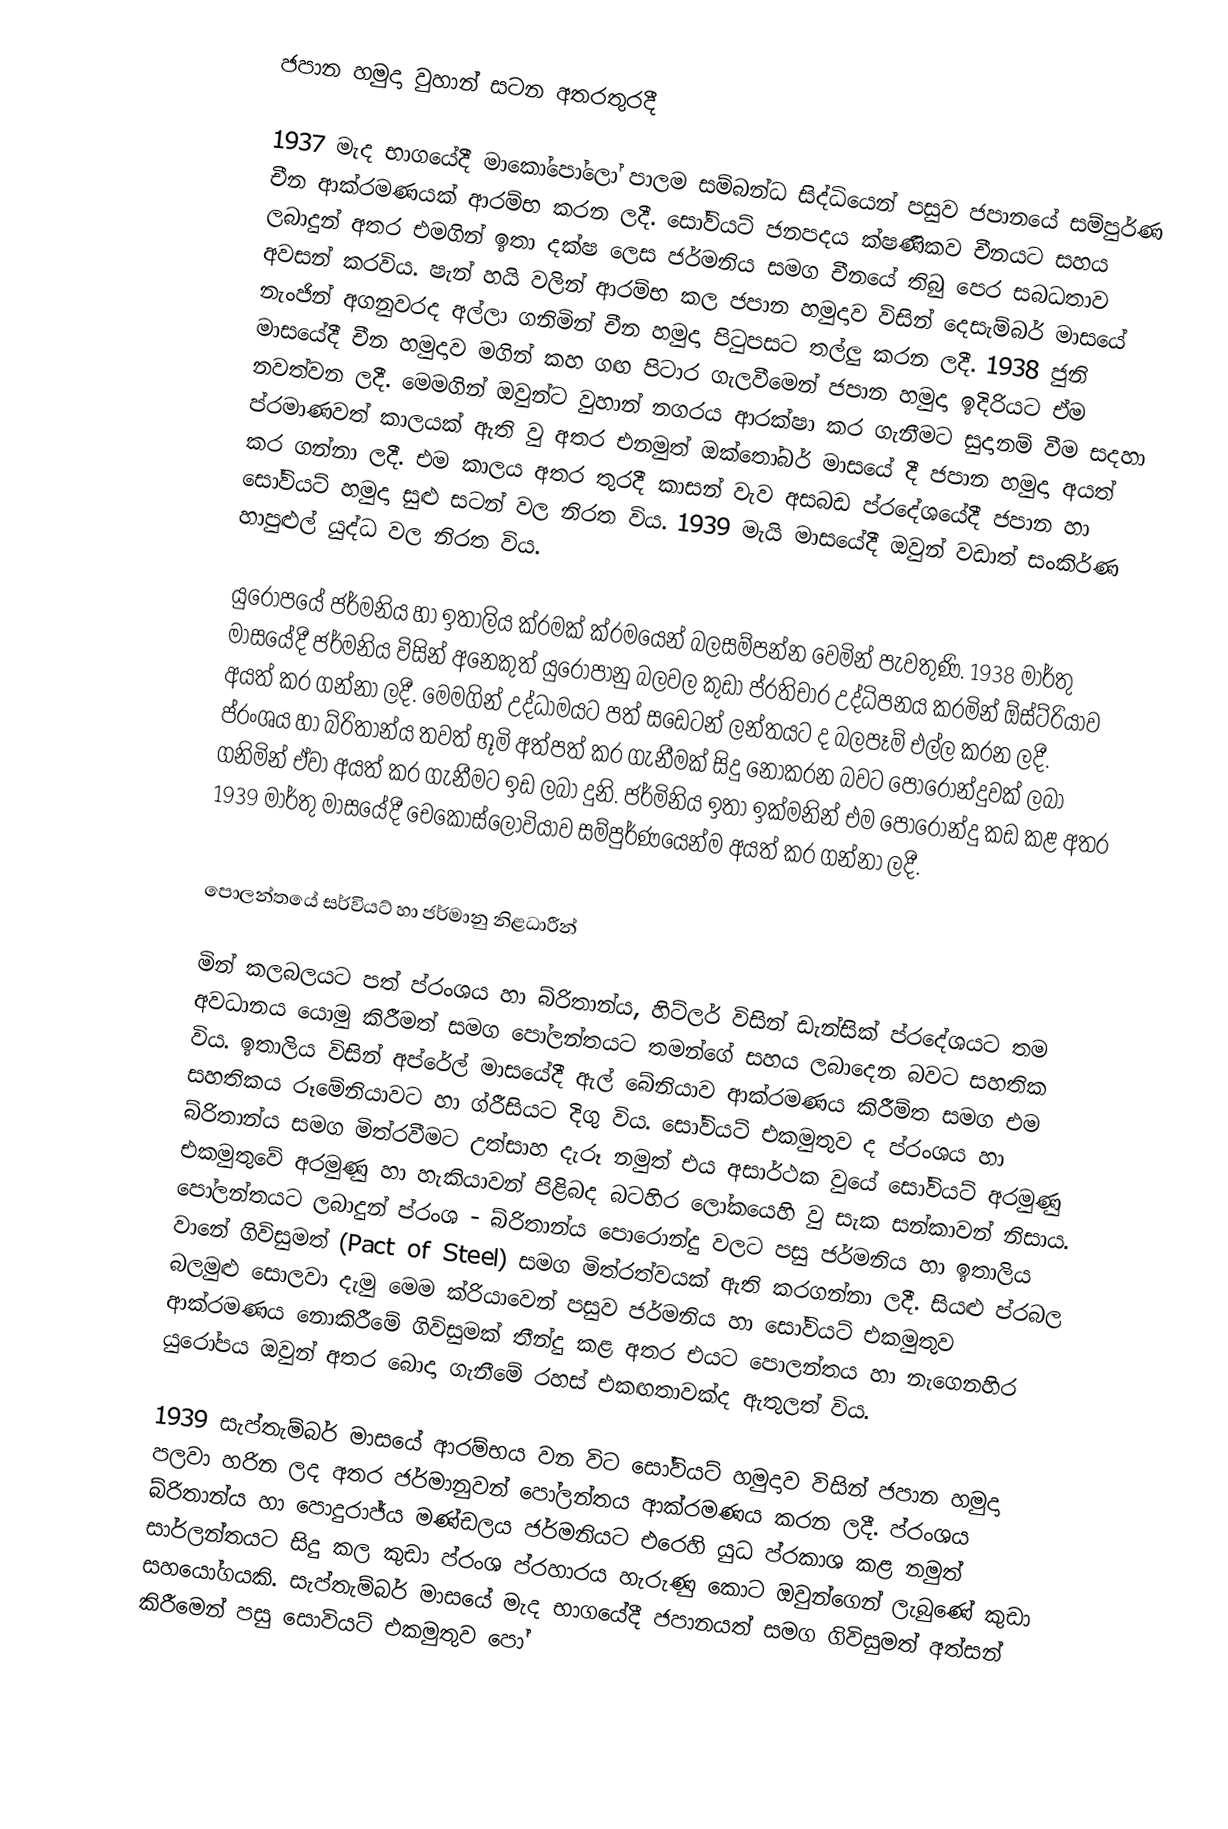
ජපාන හමුදා වුහාන් සටන අතරතුරදී

1937 මැද භාගයේදී මාකෝපෝලෝ පාලම සම්බන්ධ සිද්ධියෙන් පසුව ජපානයේ සම්පුර්ණ චීන ආක්රමණයක් ආරම්භ කරන ලදී. සෝවියට් ජනපදය ක්ෂණිකව චීනයට සහය ලබාදුන් අතර එමගින් ඉතා දක්ෂ ලෙස ජර්මනිය සමග චීනයේ තිබු පෙර සබධතාව අවසන් කරවිය.  ෂැන් හයි වලින් ආරම්භ කල ජපාන හමුදාව විසින් දෙසැම්බර් මාසයේ නැංජින් අගනුවරද අල්ලා ගනිමින් චීන හමුදා පිටුපසට තල්ලු කරන ලදී. 1938 ජුනි මාසයේදී චීන හමුදාව මගින් කහ ගඟ පිටාර ගැලවීමෙන් ජපාන හමුදා ඉදිරියට ඒම නවත්වන ලදී. මෙමගින් ඔවුන්ට වුහාන් නගරය ආරක්ෂා කර ගැනීමට සුදානම් වීම සදහා ප්රමාණවත් කාලයක් ඇති වු අතර එනමුත් ඔක්තෝබර් මාසයේ දී ජපාන හමුදා අයත් කර ගන්නා ලදී. එම කාලය අතර තුරදී කාසන් වැව අසබඩ ප්රදේශයේදී ජපාන හා සෝවියට් හමුදා සුළු සටන් වල නිරත විය. 1939 මැයි මාසයේදී ඔවුන් වඩාත් සංකිර්ණ හාපුළුල් යුද්ධ වල නිරත විය.

යුරෝපයේ ජර්මනිය හා ඉතාලිය ක්රමක් ක්රමයෙන් බලසම්පන්න වෙමින් පැවතුණි. 1938 මාර්තු මාසයේදී ජර්මනිය විසින් අනෙකුත් යුරෝපානු බලවල කුඩා ප්රතිචාර උද්ධිපනය කරමින් ඕස්ට්රියාව අයත් කර ගන්නා ලදී. මෙමගින් උද්ධාමයට පත් සඩෙටන් ලන්තයට ද බලපෑම් එල්ල කරන ලදී. ප්රංශය හා බ්රිතාන්ය තවත් භූමි අත්පත් කර ගැනීමක් සිදු නොකරන බවට පොරොන්දුවක් ලබා ගනිමින් ඒවා අයත් කර ගැනීමට ඉඩ ලබා දුනි. ජර්මිනිය ඉතා ඉක්මනින් එම පොරොන්දු කඩ කළ අතර 1939 මාර්තු මාසයේදී චෙකොස්ලෝවියාව සම්පුර්ණයෙන්ම අයත් කර ගන්නා ලදී.

පොලන්තයේ සර්වියට් හා ජර්මානු නිළධාරීන්

මින් කලබලයට පත් ප්රංශය හා බ්රිතාන්ය,  හිට්ලර් විසින් ඩැන්සික් ප්රදේශයට තම අවධානය යොමු කිරීමත් සමග   පෝලන්තයට තමන්ගේ සහය ලබාදෙන බවට සහතික විය. ඉතාලිය විසින් අප්රේල් මාසයේදී ඇල් බේනියාව ආක්රමණය කිරීම්ත සමග එම සහතිකය රූමේනියාවට හා ග්රීසියට දිගු විය. සෝවියට් එකමුතුව ද ප්රංශය හා බ්රිතාන්ය සමග මිත්රවීමට උත්සාහ දැරූ නමුත් එය අසාර්ථක වුයේ සෝවියට් අරමුණු එකමුතුවේ අරමුණු හා හැකියාවන් පිළිබද බටහිර ලෝකයෙහි වු සැක සන්කාවන් නිසාය. පෝලන්තයට ලබාදුන් ප්රංශ - බ්රිතාන්ය පොරොන්දු වලට පසු ජර්මනිය හා ඉතාලිය වානේ ගිවිසුමත් (Pact of Steel)  සමග මිත්රත්වයක් ඇති කරගන්නා ලදී. සියළු ප්රබල බලමුළු සොලවා දැමු මෙම ක්රියාවෙන් පසුව ජර්මනිය හා සෝවියට් එකමුතුව ආක්රමණය නොකිරීමේ ගිවිසුමක් තීන්දු කළ අතර එයට පොලන්තය හා නැගෙනහිර යුරෝපය ඔවුන් අතර බොදා ගැනීමේ රහස් එකඟතාවක්ද ඇතුලත් විය.

1939 සැප්තැම්බර් මාසයේ ආරම්භය වන විට සෝවියට් හමුදාව විසින් ජපාන හමුදා පලවා හරින ලද අතර ජර්මානුවන් පෝලන්තය ආක්රමණය කරන ලදී. ප්රංශය බ්රිතාන්ය හා පොදුරාජ්ය මණ්ඩලය ජර්මනියට එරෙහි යුධ ප්රකාශ කළ නමුත් සාර්ලන්තයට සිදු කල කුඩා ප්රංශ ප්රහාරය හැරුණු කොට ඔවුන්ගෙන් ලැබුණේ කුඩා සහයෝගයකි. සැප්තැම්බර් මාසයේ මැද භාගයේදී ජපානයත් සමග ගිවිසුමත් අත්සන් කිරීමෙන් පසු  සොවියට් එකමුතුව පෝ